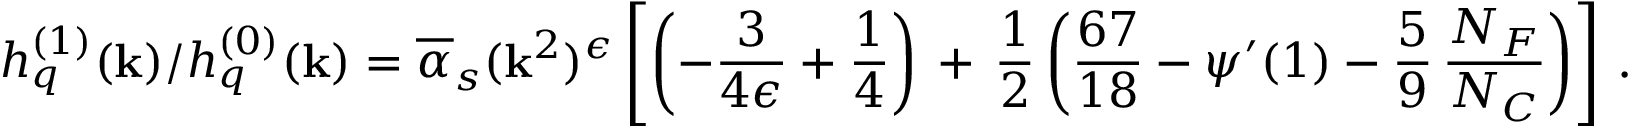
h _ { q } ^ { ( 1 ) } ( \mathbf { k } ) / h _ { q } ^ { ( 0 ) } ( \mathbf { k } ) = \overline { { { \alpha } } } _ { s } ( \mathbf { k } ^ { 2 } ) ^ { \epsilon } \left[ \left( - \frac { 3 } { 4 \epsilon } + \frac { 1 } { 4 } \right) \, + \, \frac { 1 } { 2 } \left( \frac { 6 7 } { 1 8 } - \psi ^ { \prime } ( 1 ) - \frac { 5 } { 9 } \, \frac { N _ { F } } { N _ { C } } \right) \right] \, .